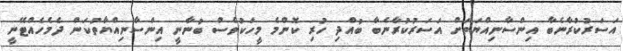
އަސަރުކުރާނެބާ އިންސާނިއްޔަތަށް އަސަރުކުރާނެބާ ބުއްދި ހުރި ކޮންމެ މީހަކުވެސް ބުނާނީ އިންސާނިއްޔާތުކަން ދެމެހެއްޓޭނީ